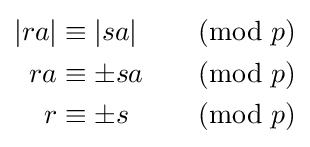
{\begin{aligned}|ra|&\equiv |sa|&{\pmod {p}}\\ra&\equiv \pm sa&{\pmod {p}}\\r&\equiv \pm s&{\pmod {p}}\end{aligned}}